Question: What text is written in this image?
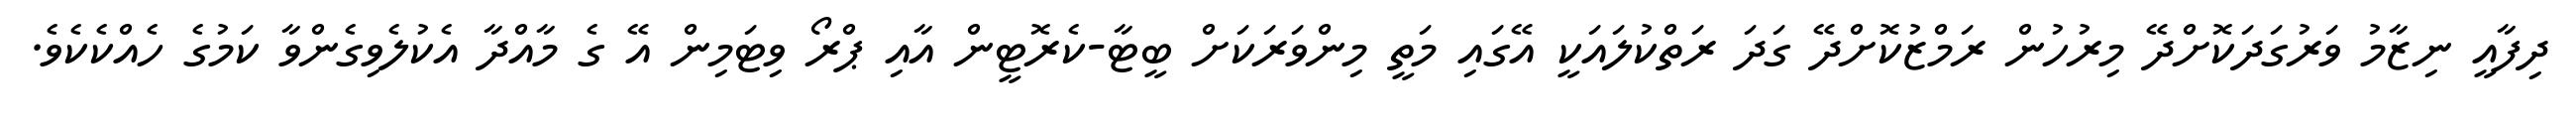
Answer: ދިފާއީ ނިޒާމު ވަރުގަދަކޮށްދޭ މިރުހުން ރަމްޒުކޮށްދޭ ގަދަ ރަތްކުލައަކީ އޭގައި މަތީ މިންވަރަކަށް ބީޓާ-ކެރޮޓީން އާއި ޕްރޯ ވިޓަމިން އޭ ގެ މާއްދާ އެކުލެވިގެންވާ ކަމުގެ ހެއްކެކެވެ.